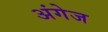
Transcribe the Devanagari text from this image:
अंगेज